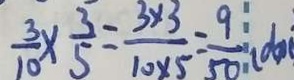
\frac { 3 } { 1 0 } \times \frac { 3 } { 5 } = \frac { 3 \times 3 } { 1 0 \times 5 } = \frac { 9 } { 5 0 } ( d m